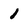
Character: 1